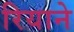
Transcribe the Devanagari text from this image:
रियाने